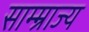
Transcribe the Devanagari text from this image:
साम्म्राज्य